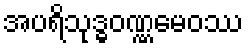
အပရိသုဒ္ဓဝဏ္ဏမေဝဿ